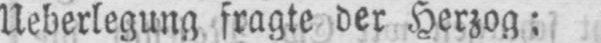
Ueberlegung fragte der Herzog: